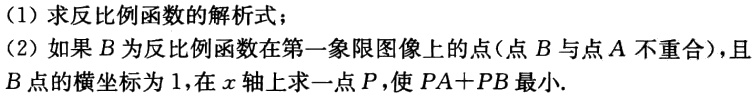
（1）求反比例函数的解析式；
（2）如果\(B\)为反比例函数在第一象限图像上的点（点\(B\)与点\(A\)不重合），且\(B\)点的横坐标为\(1\)，在\(x\)轴上求一点\(P\)，使\(PA + PB\)最小.